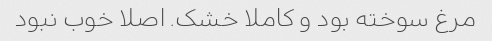
مرغ سوخته بود و کاملا خشک. اصلا خوب نبود